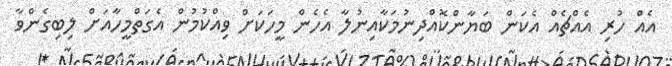
އެއް ހުރި އެއްޗެއް އެކަން ބަޔާންކޮއްދިނުމަކާއިނުލާ އެހެން މީހަކަށް ވިއްކުމުން އެގަތްމީހާއަށް ލިބިގެންވާ